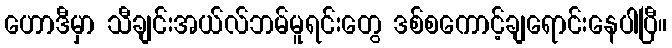
ဟောဒီမှာ သီချင်းအယ်လ်ဘမ်မူရင်းတွေ ဒစ်စကောင့်ချရောင်းနေပါပြီ။